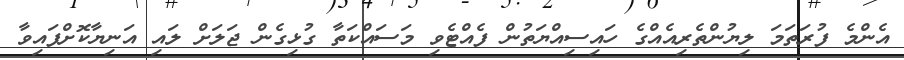
އެންމެ ފުރަތަމަ ލިޔުންތެރިއެއްގެ ހައިސިއްޔަތުން ފެއްޓެވި މަސައްކަތާ ގުޅިގެން ޖަލަށް ލައި އަނިޔާކޮށްފައިވާ